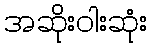
အဆိုးဝါးဆုံး